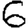
Digit: 6